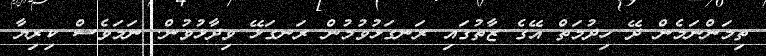
ތިމަންނަމެން ދޭ ހިދުމަތް އޭގެ ޒާތުގައި ރަނގަޅުވުމުން ރަނގަޅޭ ވިދާޅުވުން. ނަމަވެސް ކިރިޔާ